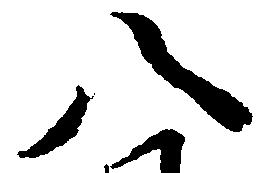
八